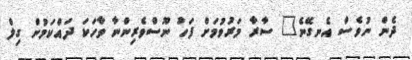
ދެން ނުވެސް އެނގޭނެ" ސާރާ މަރުވުމަށް ފަހު ނޫސްވެރިންނާ ވާހަކަ ދައްކަމުން ގިލް